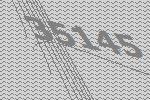
35145